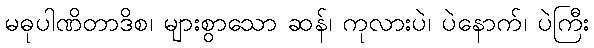
မဓုပါဏိတာဒိစ၊ များစွာသော ဆန်၊ ကုလားပဲ၊ ပဲနောက်၊ ပဲကြီး